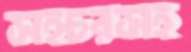
সহচরসহ